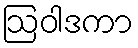
ဩဝါဒကာ